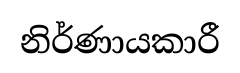
නිර්ණායකාරී